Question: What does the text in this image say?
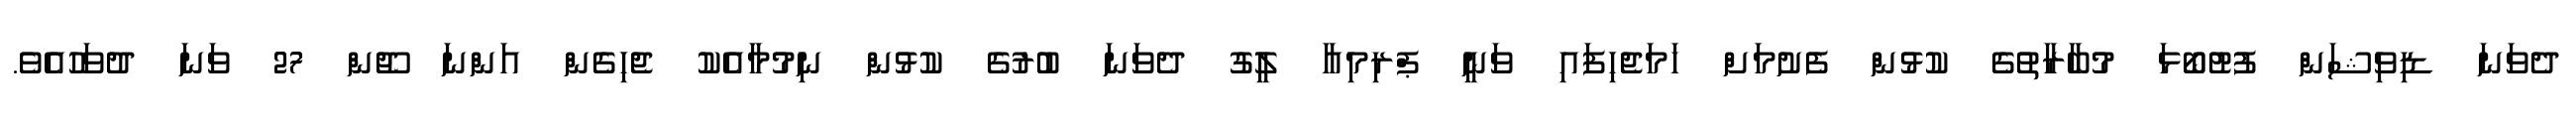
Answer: ދެވަނަ ޑިވިޝަން ފުޓުބޯޅަ މުބާރާތުގެ ކުޅުން ފެށުމަށް ހަމަޖެހިފައި ވަނީ ޕްރިމިއާ ލީގު ދެވަނަ ބުރުގެ ކުޅުން ނިމުމާއެކު ޖެހިގެން އަންނަ ޖޫން 27 ވަނަ ދުވަހުއެވެ.